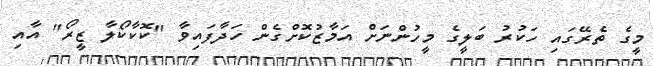
މީގެ ތެރޭގައި ހަކުރު ބަލީގެ މީހުންނަށް އަމާޒުކޮށްގެން ހަދާފައިވާ "ކޮކާކޯލާ ޒީރޯ" އާއި